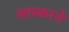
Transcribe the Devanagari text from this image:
लास्करने